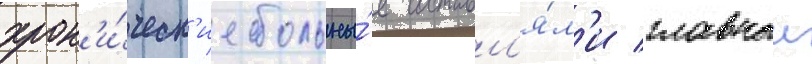
хрон'и́ческ'ие больны́е составл'я́л'и главныи